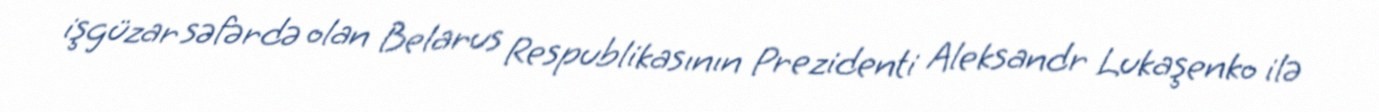
işgüzar səfərdə olan Belarus Respublikasının Prezidenti Aleksandr Lukaşenko ilə